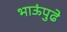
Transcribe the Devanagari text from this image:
भाऊंपुढे